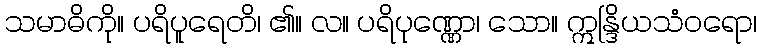
သမာဓိကို။ ပရိပူရေတိ၊ ၏။ လ။ ပရိပုဏ္ဏော၊ သော။ ဣန္ဒြိယသံဝရော၊